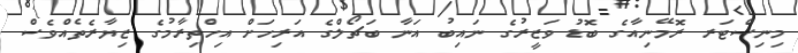
މިނިސްޓަރ ރޮމޭނިއާގެ ބޮޑު ވަޒީރުގެ ނައިބު އަނާ ބަޗޯލްގެ އަރިހަށް އިހްތިރާމުގެ ޒިޔާރެތެއްވެސް